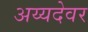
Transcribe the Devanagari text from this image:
अय्यदेवर